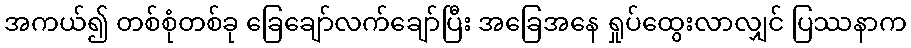
အကယ်၍ တစ်စုံတစ်ခု ခြေချော်လက်ချော်ပြီး အခြေအနေ ရှုပ်ထွေးလာလျှင် ပြဿနာက